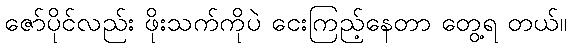
ဇော်ပိုင်လည်း ဖိုးသက်ကိုပဲ ငေးကြည့်နေတာ တွေ့ရ တယ်။